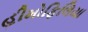
હીમોફિલિયા